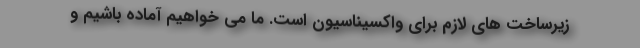
زیرساخت های لازم برای واکسیناسیون است. ما می خواهیم آماده باشیم و